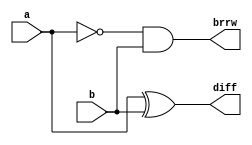
// Half Subtractor
// Created by Nitheesh Kumar -Aug 02 2020

module half_subtractor(
	input a,b,
	output diff,brrw);

assign diff = a ^ b;
assign brrw = ~a & b;

endmodule